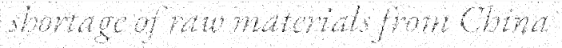
shortage of raw materials from China